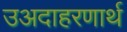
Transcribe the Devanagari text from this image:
उअदाहरणार्थ